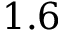
1 . 6